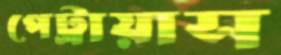
পেট্রায়াস